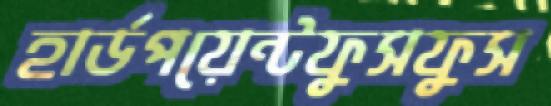
হার্ডপয়েন্টফুসফুস